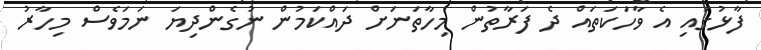
ފާޅުގައި އެ ވާހަކަތައް ދެ ފަރާތުން މިހާތަނަށް ދައްކަމުން ނުގެންދިޔަ ނަމަވެސް މިހާރު